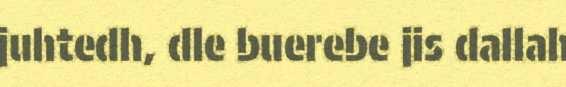
juhtedh, dle buerebe jis dallah